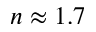
n \approx 1 . 7